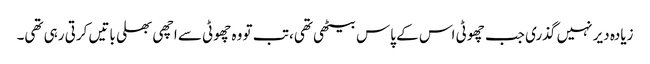
زیادہ دیر نہیں گذری جب چھوٹی اس کے پاس بیٹھی تھی، تب تو وہ چھوٹی سے اچھی بھلی باتیں کرتی رہی تھی۔